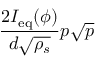
\displaystyle \frac { 2 I _ { \mathrm { e q } } ( \phi ) } { d \sqrt { \rho _ { s } } } p \sqrt { p }